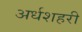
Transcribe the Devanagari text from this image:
अर्धशहरी